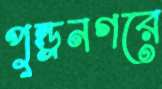
পুন্ড্রনগরে